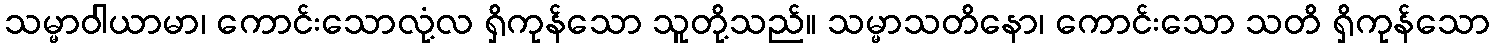
သမ္မာဝါယာမာ၊ ကောင်းသောလုံ့လ ရှိကုန်သော သူတို့သည်။ သမ္မာသတိနော၊ ကောင်းသော သတိ ရှိကုန်သော